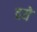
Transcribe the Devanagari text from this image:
दये